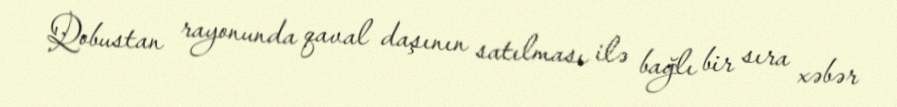
Qobustan rayonunda qaval daşının satılması ilə bağlı bir sıra xəbər